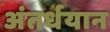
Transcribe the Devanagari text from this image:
अंतर्धयान